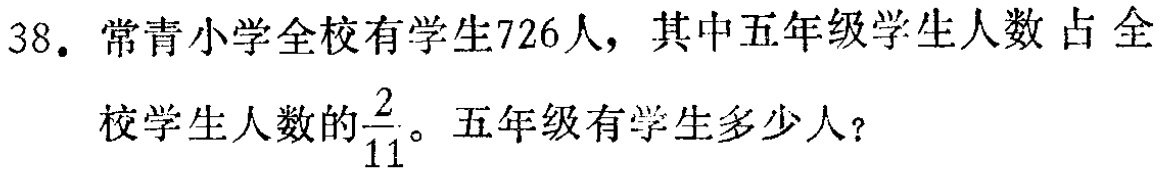
38. 常青小学全校有学生726人，其中五年级学生人数占全校学生人数的$\frac{2}{11}$。五年级有学生多少人？